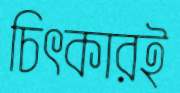
চিৎকারই